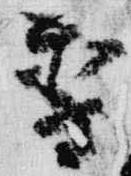
季